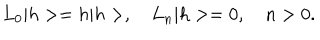
L _ { 0 } | h > = h | h > , L _ { n } | h > = 0 , n > 0 .